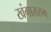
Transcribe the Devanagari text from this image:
खंगाराराम